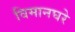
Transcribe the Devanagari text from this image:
विमानघरे